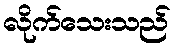
လိုက်သေးသည်